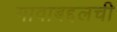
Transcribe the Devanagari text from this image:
गावाबद्दलची